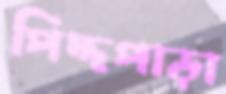
পিদ্দপাড়া